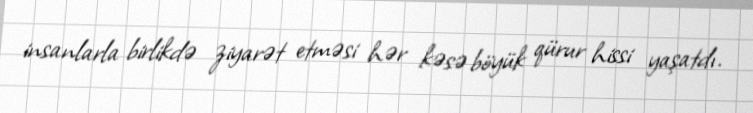
insanlarla birlikdə ziyarət etməsi hər kəsə böyük qürur hissi yaşatdı.